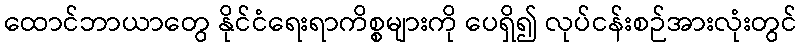
ထောင်ဘာယာတွေ နိုင်ငံရေးရာကိစ္စများကို ပေရှိ၍ လုပ်ငန်းစဉ်အားလုံးတွင်